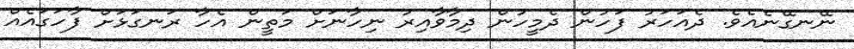
ނޭނގޭނެއެވެ. ދެއަހަރު ފަހުން ދެމީހުން ދިމާވާއިރު ނިހާނަށް މަތީން އެހާ ރަނގަޅަށް ފާހަގައެއް